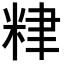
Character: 𥹧